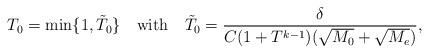
LaTeX: \begin{align*}T_0=\min\{1,\tilde{T}_0\}\quad\mbox{with}\quad\tilde{T}_0=\frac{\delta}{C(1+T^{k-1})(\sqrt{M_0}+\sqrt{M_e})},\end{align*}